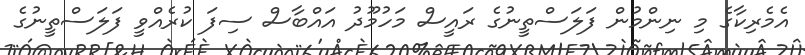
އެމެރިކާގެ މި ނިންމުން ފަލަސްތީނުގެ ރައީސް މަހުމޫދު އައްބާސް ސިފަ ކުރެއްވީ ފަލަސްތީނުގެ